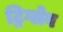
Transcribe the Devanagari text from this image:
ट्रिग्लेव